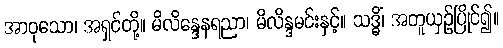
အာဝုသော၊ အရှင်တို့။ မိလိန္ဒေနရညာ၊ မိလိန္ဒမင်းနှင့်။ သဒ္ဓိံ၊ အတူယှဉ်ပြိုင်၍။